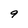
Character: 9